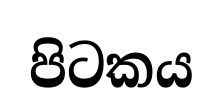
පිටකය